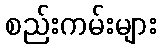
စည်းကမ်းများ